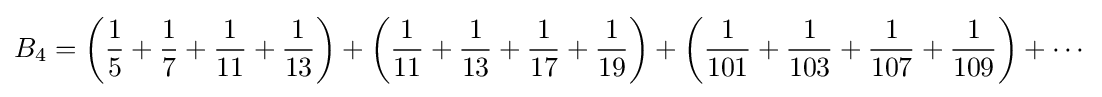
B_{4}=\left({\frac {1}{5}}+{\frac {1}{7}}+{\frac {1}{11}}+{\frac {1}{13}}\right)+\left({\frac {1}{11}}+{\frac {1}{13}}+{\frac {1}{17}}+{\frac {1}{19}}\right)+\left({\frac {1}{101}}+{\frac {1}{103}}+{\frac {1}{107}}+{\frac {1}{109}}\right)+\cdots